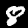
Label: 8